Annual administration report of the Civil Veterinary Department of India - 1892-1893
Year: 1892
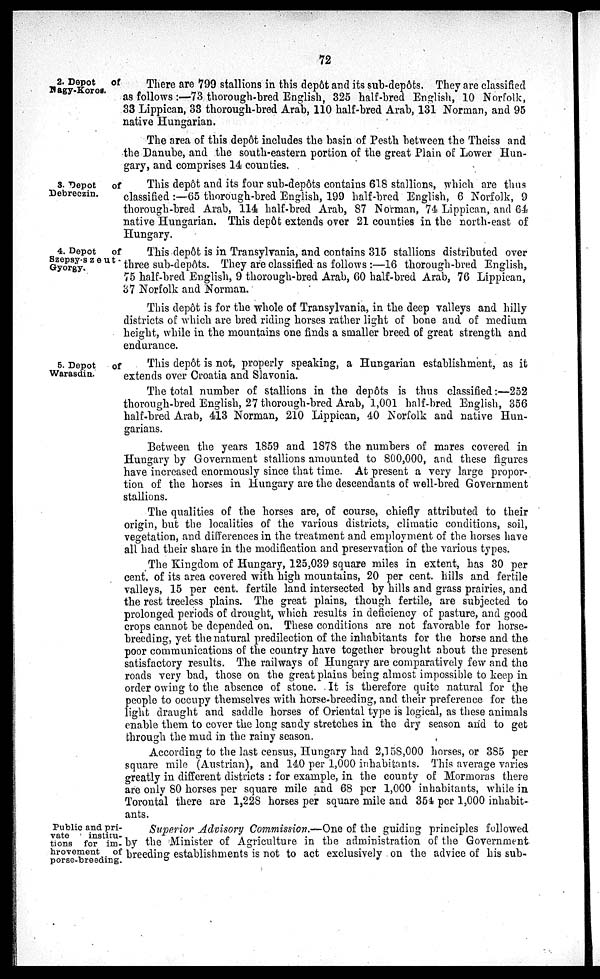
72
2. Depot
of
Nagy-Koros.
There are 799 stallions in this depôt and its sub-depôts. They are classified
as follows:—73 thorough-bred English, 325 half-bred English, 10 Norfolk,
33 Lippican, 33 thorough-bred Arab, 110 half-bred Arab, 131 Norman, and 95
native Hungarian.
The area of this depôt includes the basin of Pesth between the Theiss and
the Danube, and the south-eastern portion of the great Plain of Lower Hun-
gary, and comprises 14 counties.
3. Depot
of
Debreczin.
This depôt and its four sub-depôts contains 618 stallions, which are thus
classified:—65 thorough-bred English, 199 half-bred English, 6 Norfolk, 9
thorough-bred Arab, 114 half-bred Arab, 87 Norman, 74 Lippican, and 64
native Hungarian. This depôt extends over 21 counties in the north-east of
Hungary.
4. Depot
of
Szepsy-szeut-
Gyorgy.
This depôt is in Transylvania, and contains 315 stallions distributed over
three sub-depôts. They are classified as follows:—16 thorough-bred English,
75 half-bred English, 9 thorough-bred Arab, 60 half-bred Arab, 76 Lippican,
37 Norfolk and Norman.
This depôt is for the whole of Transylvania, in the deep valleys and hilly
districts of which are bred riding horses rather light of bone and of medium
height, while in the mountains one finds a smaller breed of great strength and
endurance.
5. Depot
of
Warasdin.
This depôt is not, properly speaking, a Hungarian establishment, as it
extends over Croatia and Slavonia.
The total number of stallions in the depôts is thus classified:—252
thorough-bred English, 27 thorough-bred Arab, 1,001 half-bred English, 356
half-bred Arab, 413 Norman, 210 Lippican, 40 Norfolk and native Hun-
garians.
Between the years 1859 and 1878 the numbers of mares covered in
Hungary by Government stallions amounted to 800,000, and these figures
have increased enormously since that time. At present a very large propor-
tion of the horses in Hungary are the descendants of well-bred Government
stallions.
The qualities of the horses are, of course, chiefly attributed to their
origin, but the localities of the various districts, climatic conditions, soil,
vegetation, and differences in the treatment and employment of the horses have
all had their share in the modification and preservation of the various types.
The Kingdom of Hungary, 125,039 square miles in extent, has 30 per
cent. of its area covered with high mountains, 20 per cent. hills and fertile
valleys, 15 per cent. fertile land intersected by hills and grass prairies, and
the rest treeless plains. The great plains, though fertile, are subjected to
prolonged periods of drought, which results in deficiency of pasture, and good
crops cannot be depended on. These conditions are not favorable for horse-
breeding, yet the natural predilection of the inhabitants for the horse and the
poor communications of the country have together brought about the present
satisfactory results. The railways of Hungary are comparatively few and the
roads very bad, those on the great plains being almost impossible to keep in
order owing to the absence of stone. It is therefore quite natural for the
people to occupy themselves with horse-breeding, and their preference for the
light draught and saddle horses of Oriental type is logical, as these animals
enable them to cover the long sandy stretches in the dry season and to get
through the mud in the rainy season.
According to the last census, Hungary had 2,158,000 horses, or 385 per
square mile (Austrian), and 140 per 1,000 inhabitants. This average varies
greatly in different districts: for example, in the county of Mormoras there
are only 80 horses per square mile and 68 per 1,000 inhabitants, while in
Torontal there are 1,228 horses per square mile and 354 per 1,000 inhabit-
ants.
Public and pri-
vate
institu-
tions for im-
hrovement of
porse-breeding.
Superior Advisory Commission.—One of the guiding principles followed
by the Minister of Agriculture in the administration of the Government
breeding establishments is not to act exclusively on the advice of his sub-